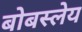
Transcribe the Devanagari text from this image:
बोबस्लेय